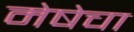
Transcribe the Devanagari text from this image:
मेषेचा